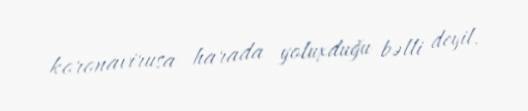
koronavirusa harada yoluxduğu bəlli deyil.